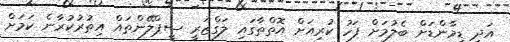
އަދި ޑިމާންޑަށް ބެލުމަށް ފަހު ކުރިއަށް އޮތްތާގައި ލަގްޒަރީ ސީޕްލޭންތައް އިތުރުކުރާނެ ކަމަށް